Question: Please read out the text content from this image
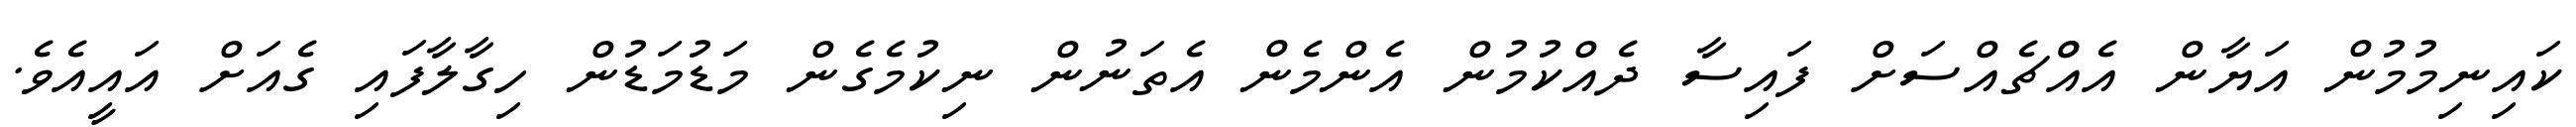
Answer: ކައިނިމުމުން އަޔާން އެއްްޗެއްސަށް ފައިސާ ދެއްކުމުން އެންމެން އެތަނުން ނިކުމެގެން މަޑުމަޑުން ހިގާލާފައި ގެއަށް އައީއެވެ.